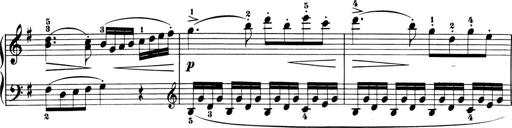
Title: 6 Piano Sonatinas
Composer: Cornelius Gurlitt